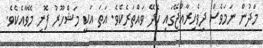
މަދުން ނަމަވެސް ދިވެހިރާއްޖޭގައި ހެދޭ ވައްތަރެކެވެ. އަތަ އަކީ މަޝްހޫރު ފޮނި މޭވާއެކެވެ.